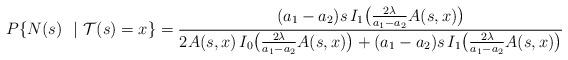
LaTeX: \begin{align*}P\lbrace N(s)\ \ |\ \mathcal{T}(s) = x\rbrace = \frac{(a_1-a_2)s\,I_1\bigl(\frac{2\lambda}{a_1-a_2}A(s,x) \bigr)}{2A(s,x)\,I_0\bigl(\frac{2\lambda}{a_1-a_2}A(s,x)\bigr) +(a_1-a_2)s\,I_1\bigl(\frac{2\lambda}{a_1-a_2}A(s,x) \bigr)}\end{align*}